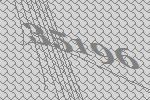
35196